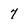
Character: 7